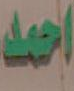
احمد